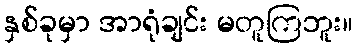
နှစ်ခုမှာ အာရုံချင်း မတူကြဘူး။